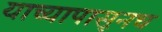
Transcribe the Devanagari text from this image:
याच्यापासूनच